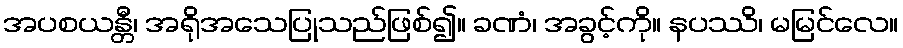
အပစယန္တီ၊ အရိုအသေပြုသည်ဖြစ်၍။ ခဏံ၊ အခွင့်ကို။ နပဿိ၊ မမြင်လေ။